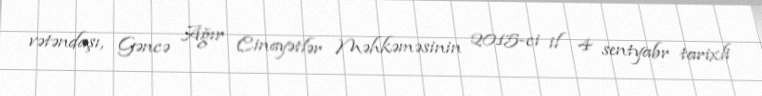
vətəndaşı, Gəncə Ağır Cinayətlər Məhkəməsinin 2015-ci il 4 sentyabr tarixli